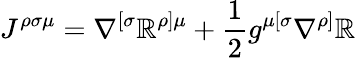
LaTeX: J^{\rho\sigma\mu}=\nabla^{[\sigma}\mathbb{R}^{\rho]\mu}+\frac{{1}}{{2}}g^{\mu[\sigma}\nabla^{\rho]}\mathbb{R}